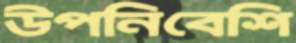
উপনিবেশি